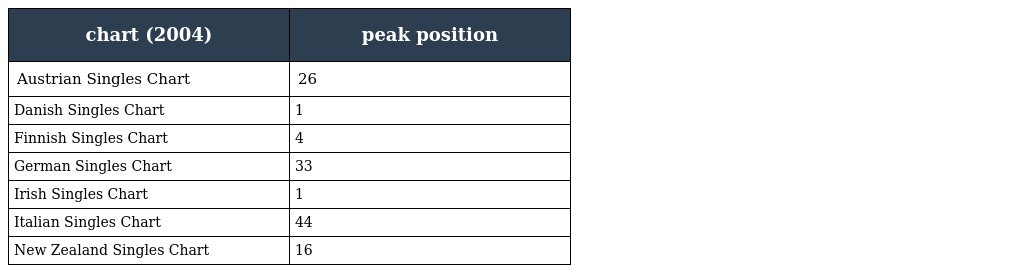
| chart (2004) | peak position |
 | --- | --- |
 | Austrian Singles Chart | 26 |
 | Danish Singles Chart | 1 |
 | Finnish Singles Chart | 4 |
 | German Singles Chart | 33 |
 | Irish Singles Chart | 1 |
 | Italian Singles Chart | 44 |
 | New Zealand Singles Chart | 16 |